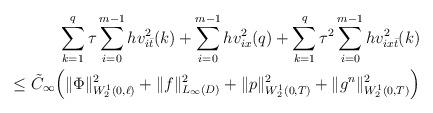
LaTeX: \begin{align*}\sum\limits_{k=1}^q\tau\sum\limits_{i=0}^{m-1}hv_{i\bar t}^2(k) +\sum\limits_{i=0}^{m-1}hv_{ix}^2(q)+ \sum\limits_{k=1}^q\tau^2 \sum\limits_{i=0}^{m-1} hv_{ix\bar t}^2(k) \\\leq \tilde C_{\infty}\Big(\Vert\Phi\Vert^2_{W_2^1(0,\ell)} +\Vert f\Vert_{L_\infty(D)}^2 +\Vert p\Vert_{W_2^1(0,T)}^2 +\Vert g^n\Vert_{W_2^1(0,T)}^2\Big) \end{align*}